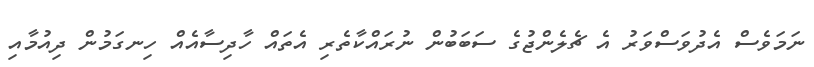
ނަމަވެސް އެދުވަސްވަރު އެ ޗެލެންޖުގެ ސަބަބުން ނުރައްކާތެރި އެތައް ހާދިސާއެއް ހިނގަމުން ދިއުމާއި